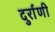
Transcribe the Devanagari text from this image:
दुर्राणी